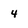
Character: 4